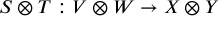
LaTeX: S \otimes T : V \otimes W \to X \otimes Y